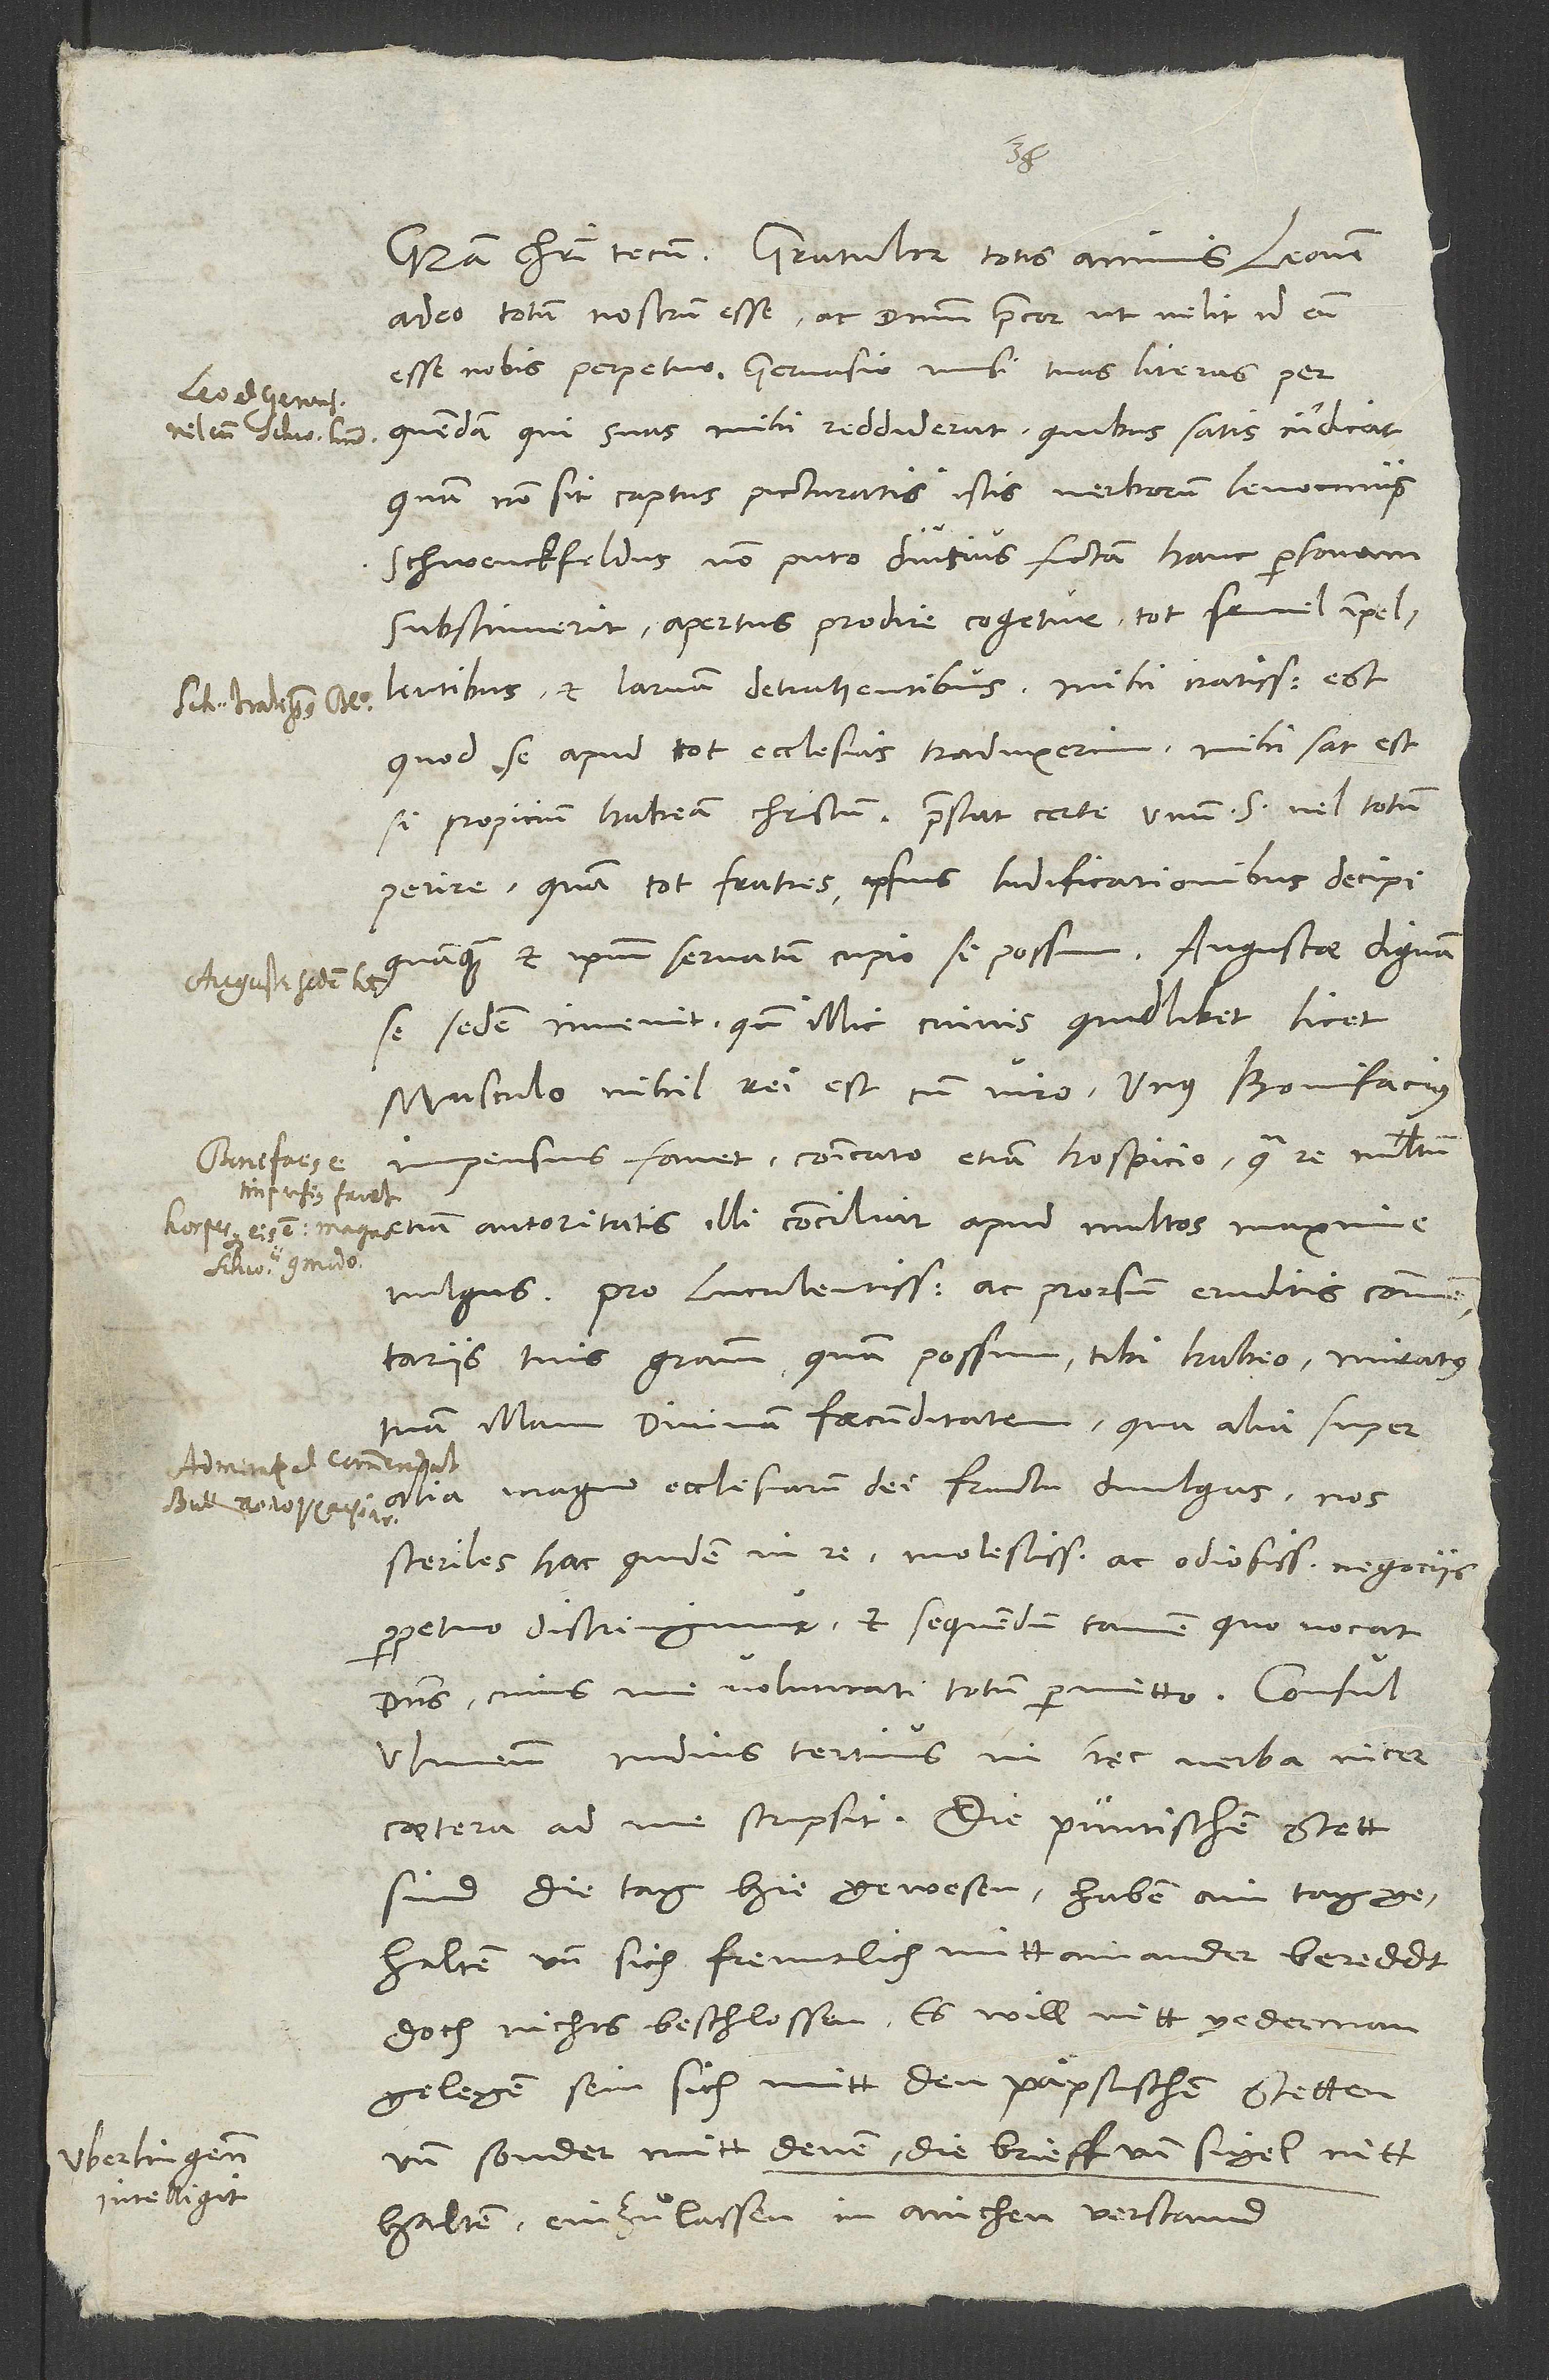
adeo totum nostrum esse ac dominum precor, ut velit id eum
esse nobis perpetuo. Gervasio misi tuas literas per
quendam, qui suas mihi reddiderat, quibus satis indicat,
quam non sit captus picturatis istis verborum lenociniis.
Schwenckfeldus non puto diutius fictam hanc personam
substinuerit. Apertus prodire cogetur tot semel impellentibus
et larvam detrahentibus. Mihi iratissimus est,
quod se apud tot ecclesias traduxerim. Mihi sat est,
si propicium habeam Christum. Praestat certe unum Svel totum
perire quam tot fratres ipsius ludificationibus decipi,
quamquam et ipsum servatum cupio, si possum. Augustae dignam
se sedem invenit, quando illic cuivis quidlibet licet.
Musculo nihil rei est cum viro. Unus Bonifacius
impensius favet communicato etiam hospicio, qua re multum
etiam autoritatis illi conciliat apud multos, maxime
Pro luculentissimis ac prorsum eruditis commentariis
tuis gratiam, quam possum, tibi habeo miratus
tuam illam divinam foecunditatem, qua alia super
alia magno ecclesiarum dei fructu divulgas. Nos
steriles hac quidem in re molestissimis ac odiosissimis negociis
perpetuo distringimur, et sequendum tamen, quo vocat
dominus, cuius me voluntati totum permitto.
Ulmensis nudius tertius in haec verba inter
caetera ad me scripsit: «Die püntischen stett
sind die tag hie gewesen, haben ain tag
gehalten und sich freuntlich mitt ainander bereddt,
doch nichts beschlossen. Es will nitt yederman
gelegen sein, sich mitt den päpstischen stetten
und sonder mit denen, die brieff und sigel nitt
halten, einzulassen in anichen verstand.